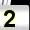
Digit: 2